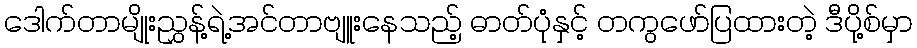
ဒေါက်တာမျိုးညွှန့်ရဲ့အင်တာဗျူးနေသည့် ဓာတ်ပုံနှင့် တကွဖော်ပြထားတဲ့ ဒီပို့စ်မှာ